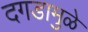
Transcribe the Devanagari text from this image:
दगडामुळे